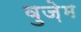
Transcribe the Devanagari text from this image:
वुज़ेम